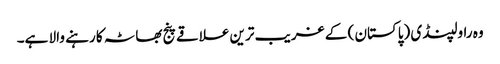
وہ راولپنڈی (پاکستان ) کے غریب ترین علاقے پنج بھاٹہ کا رہنے والا ہے۔